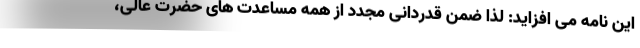
این نامه می افزاید: لذا ضمن قدردانی مجدد از همه مساعدت های حضرت عالی،